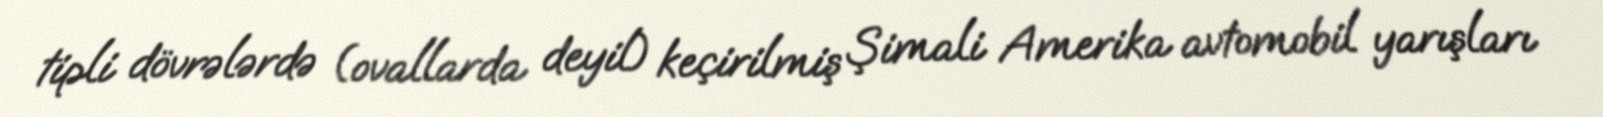
tipli dövrələrdə (ovallarda deyil) keçirilmiş Şimali Amerika avtomobil yarışları